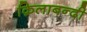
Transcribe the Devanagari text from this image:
क़िलाबन्दी